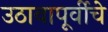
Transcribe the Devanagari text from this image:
उठावापूर्वीचे